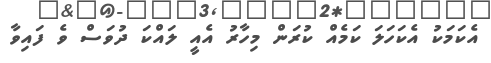
އެކަމަކު އެކަހަލަ ކަމެއް ކުރަން މިހާރު އެއީ ލައްކަ ދުވަސް ވެ ފައިވާ